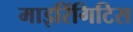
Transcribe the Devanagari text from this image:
माइरिंगिटिस